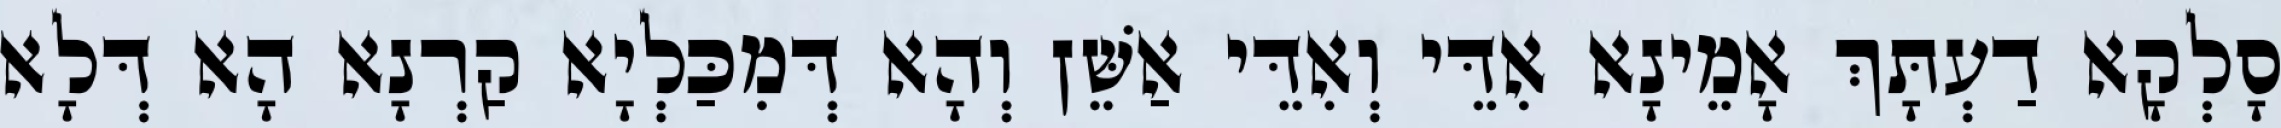
סָלְקָא דַעְתָּךְ אָמֵינָא אִדֵּי וְאִדֵּי אַשֵּׁן וְהָא דְּמִכַּלְיָא קַרְנָא הָא דְּלָא